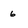
Character: 6